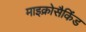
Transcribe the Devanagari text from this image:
माइक्रोसैकिंड